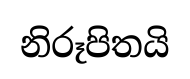
නිරූපිතයි